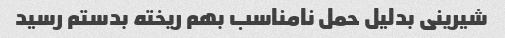
شیرینی بدلیل حمل نامناسب بهم ریخته بدستم رسید